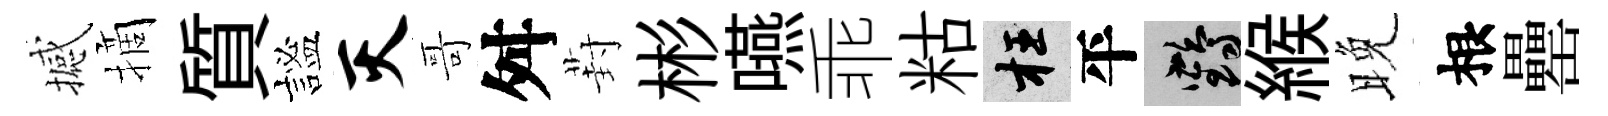
撼摘質謐灭哥舛葑彬嚥乖䊀枉平鶴緱晚根罍